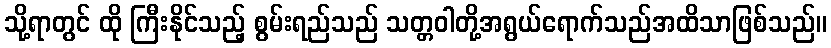
သို့ရာတွင် ထို ကြီးနိုင်သည့် စွမ်းရည်သည် သတ္တဝါတို့အရွယ်ရောက်သည်အထိသာဖြစ်သည်။